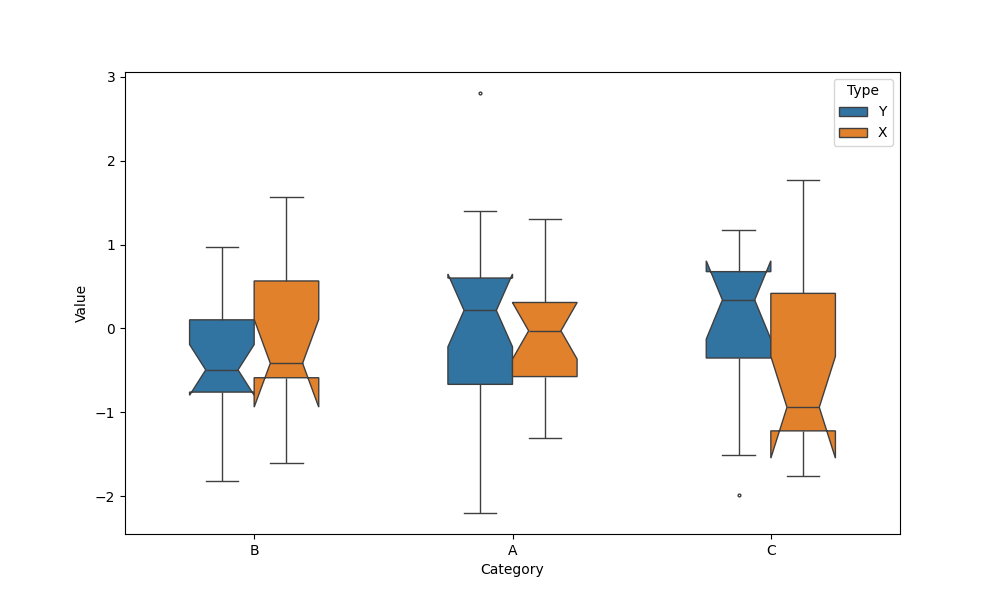
python, seaborn, boxplot, width=0.5, linewidth=1, fliersize=2, notch=True